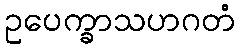
ဥပေက္ခာသဟဂတံ